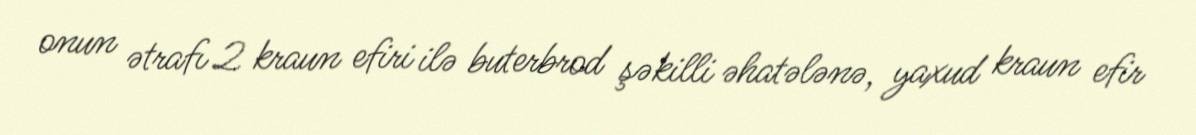
onun ətrafı 2 kraun efiri ilə buterbrod şəkilli əhatələnə, yaxud kraun efir